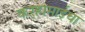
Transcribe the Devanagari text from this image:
कऱ्हामाईचा